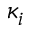
\kappa _ { i }